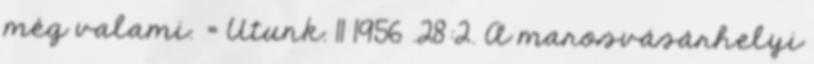
még valami. = Utunk. 11 1956 .28:2. A marosvásárhelyi